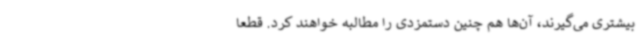
بیشتری می‌گیرند، آن‌ها هم چنین دستمزدی را مطالبه خواهند کرد. قطعا